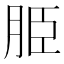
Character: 𦚠